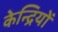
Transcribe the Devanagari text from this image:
केन्द्रियों